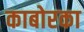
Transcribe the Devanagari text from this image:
काबोरका